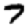
Digit: 7